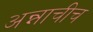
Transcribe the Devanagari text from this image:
अन्नाचीच